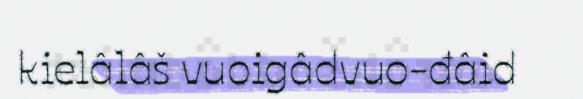
kielâlâš vuoigâdvuo-đâid